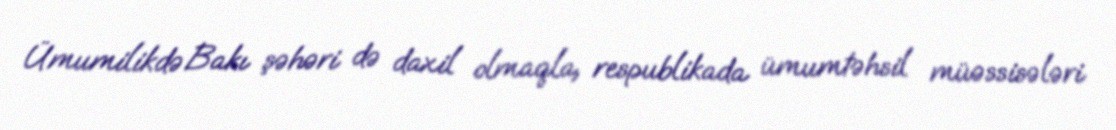
Ümumilikdə Bakı şəhəri də daxil olmaqla, respublikada ümumtəhsil müəssisələri